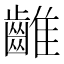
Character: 𪘮